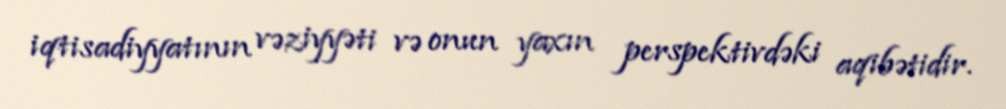
iqtisadiyyatının vəziyyəti və onun yaxın perspektivdəki aqibətidir.